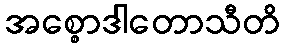
အစ္စောဒါတောသီတိ